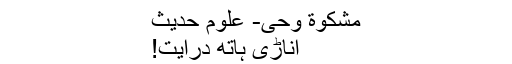
مشكوة وحى- علوم حديث
اناڑی ہاتھ درایت!